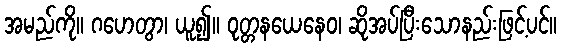
အမည်ကို။ ဂဟေတွာ၊ ယူ၍။ ဝုတ္တနယေနေဝ၊ ဆိုအပ်ပြီးသောနည်းဖြင့်ပင်။